Vaccine operations Central Provinces 1900-1911 - 1900-1911
Year: 1900
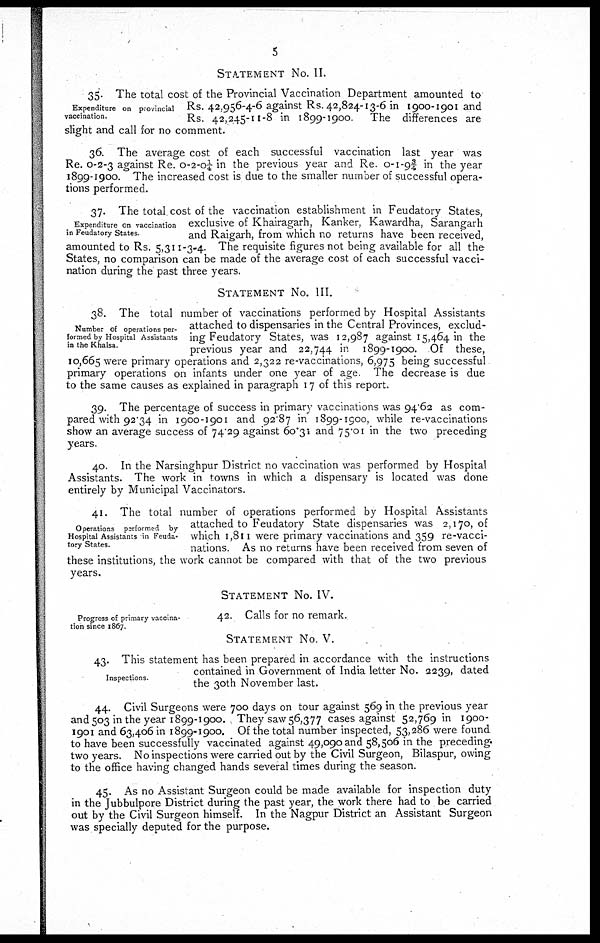
5
STATEMENT NO. II.
Expenditure on provincial
vaccination.
35. The total cost of the Provincial Vaccination Department amounted to
Rs. 42,956-4-6 against Rs. 42,824-13-6 in 1900-1901 and
Rs. 42,245-11-8 in 1899-1900. The differences are
slight and call for no comment.
36. The average cost of each successful vaccination last year was
Re. 0-2-3 against Re. 0-2-0¼ in the previous year and Re 0-1-9¾ in the year
1899-1900. The increased cost is due to the smaller number of successful opera-
tions performed.
Expenditure on vaccination
in Feudatory States.
37. The total cost of the vaccination establishment in Feudatory States,
exclusive of Khairagarh, Kanker, Kawardha, Sarangarh
and Raigarh, from which no returns have been received,
amounted to Rs. 5,311-3-4. The requisite figures not being available for all the
States, no comparison can be made of the average cost of each successful vacci-
nation during the past three years.
STATEMENT NO. III.
Number of operations per-
formed by Hospital Assistants
in the Khalsa
38. The total number of vaccinations performed by Hospital Assistants
attached to dispensaries in the Central Provinces, exclud-
ing Feudatory States, was 12,987 against 15,464 in the
previous year and 22,744 in 1899-1900. Of these,
10,665 were primary operations and 2,322 re-vaccinations, 6,975 being successful
primary operations on infants under one year of age The decrease is due
to the same causes as explained in paragraph 17 of this report.
39. The percentage of success in primary vaccinations was 94.62 as com-
pared with 92.34 in 1900-1901 and 92.87 in 1899-1900, while re-vaccinations
show an average success of 74.29 against 60.31 and 75.01 in the two preceding
years.
40. In the Narsinghpur District no vaccination was performed by Hospital
Assistants. The work in towns in which a dispensary is located was done
entirely by Municipal Vaccinators.
Operations performed by
Hospital Assistants in Feuda.
tory States.
41. The total number of operations performed by Hospital Assistants
attached to Feudatory State dispensaries was 2,170, of
which 1,811 were primary vaccinations and 359 re-vacci-
nations. As no returns have been received from seven of
these institutions, the work cannot be compared with that of the two previous
years.
STATEMENT NO. IV.
Progress of primary vaccina-
tion since 1867
42. Calls for no remark.
STATEMENT NO. V.
Inspections.
43. This statement has been prepared in accordance with the instructions
contained in Government of India letter No. 2239, dated
the 30th November last.
44. Civil Surgeons were 700 days on tour against 569 in the previous year
and 503 in the year 1899-1900. They saw 56,377 cases against 52,769 in 1900¬
1901 and 63,406 in 1899-1900. Of the total number inspected, 53,286 were found
to have been successfully vaccinated against 49,090 and 58,506 in the preceding.
two years. No inspections were carried out by the Civil Surgeon, Bilaspur, owing
to the office having changed hands several times during the season.
45. As no Assistant Surgeon could be made available for inspection duty
in the Jubbulpore District during the past year, the work there had to be carried
out by the Civil Surgeon himself. In the Nagpur District an Assistant Surgeon
was specially deputed for the purpose.